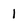
Character: 1